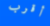
أقرب